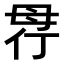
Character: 𣫲